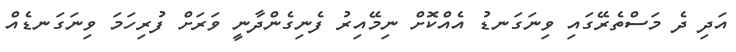
އަދި ދެ މަސްތެރޭގައި ވިނަގަނޑު އެއްކޮށް ނިމޭއިރު ފެނިގެންދާނީ ވަރަށް ފުރިހަމަ ވިނަގަނޑެއް